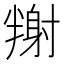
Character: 𡭉